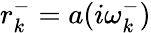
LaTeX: r_{k}^{-}=a(i\omega_{k}^{-})